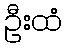
ဦးထံ